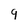
Character: g